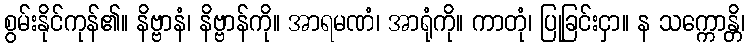
စွမ်းနိုင်ကုန်၏။ နိဗ္ဗာနံ၊ နိဗ္ဗာန်ကို။ အာရမဏံ၊ အာရုံကို။ ကာတုံ၊ ပြုခြင်းငှာ။ န သက္ကောန္တိ၊